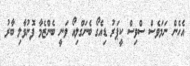
އެހެން ނަމަވެސް ސްވިސް ކީޕަރު ޑިއެގޯ ބެނަގްލިއޯ ވަނީ ބެންޒެމާ ފޮނުވާލި ބާރު